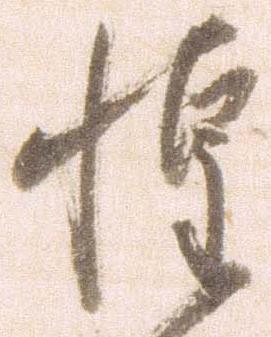
惶